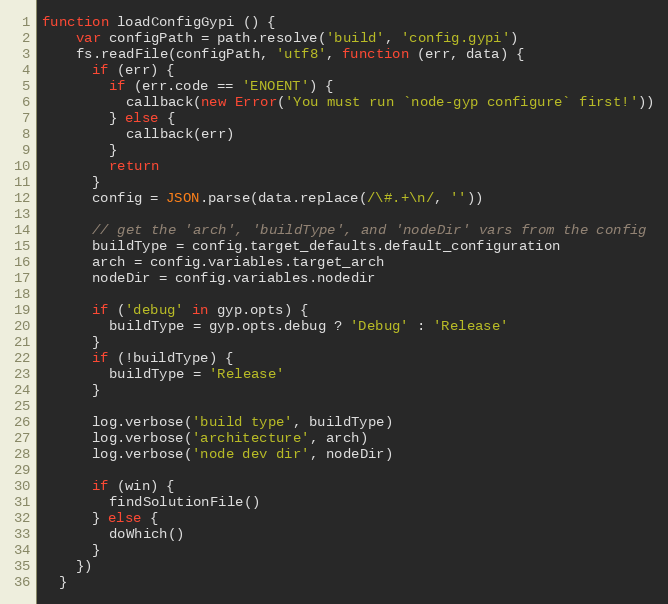
Language: JavaScript
function loadConfigGypi () {
    var configPath = path.resolve('build', 'config.gypi')
    fs.readFile(configPath, 'utf8', function (err, data) {
      if (err) {
        if (err.code == 'ENOENT') {
          callback(new Error('You must run `node-gyp configure` first!'))
        } else {
          callback(err)
        }
        return
      }
      config = JSON.parse(data.replace(/\#.+\n/, ''))

      // get the 'arch', 'buildType', and 'nodeDir' vars from the config
      buildType = config.target_defaults.default_configuration
      arch = config.variables.target_arch
      nodeDir = config.variables.nodedir

      if ('debug' in gyp.opts) {
        buildType = gyp.opts.debug ? 'Debug' : 'Release'
      }
      if (!buildType) {
        buildType = 'Release'
      }

      log.verbose('build type', buildType)
      log.verbose('architecture', arch)
      log.verbose('node dev dir', nodeDir)

      if (win) {
        findSolutionFile()
      } else {
        doWhich()
      }
    })
  }